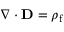
\nabla \cdot \mathbf { D } = \rho _ { \mathrm { f } }